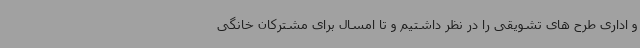
و اداری طرح های تشویقی را در نظر داشتیم و تا امسال برای مشترکان خانگی